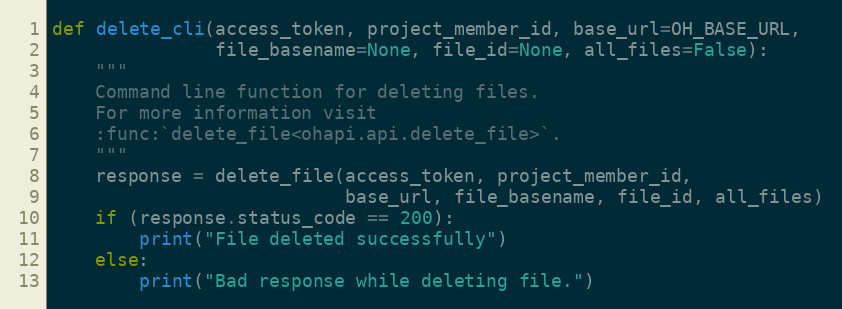
Language: Python
def delete_cli(access_token, project_member_id, base_url=OH_BASE_URL,
               file_basename=None, file_id=None, all_files=False):
    """
    Command line function for deleting files.
    For more information visit
    :func:`delete_file<ohapi.api.delete_file>`.
    """
    response = delete_file(access_token, project_member_id,
                           base_url, file_basename, file_id, all_files)
    if (response.status_code == 200):
        print("File deleted successfully")
    else:
        print("Bad response while deleting file.")